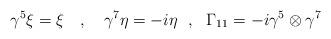
LaTeX: \begin{align*}\gamma^5 \xi = \xi~~~,~~~\gamma^7 \eta = - i \eta~~,~~\Gamma_{11}= -i\gamma^5 \otimes \gamma^7\end{align*}